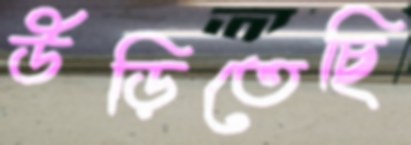
উড়িতেছি